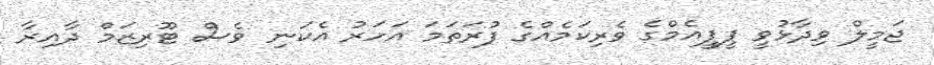
ޖަމީލް ވިދާޅުވީ ޕީޕީއެމްގެ ވެރިކަމެއްގެ ފުރަތަމަ އަހަރު އެކަނި ވެސް ޓޫރިޒަމް ދާއިރާ